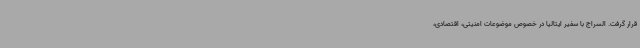
قرار گرفت. السراج با سفیر ایتالیا در خصوص موضوعات امنیتی، اقتصادی،